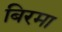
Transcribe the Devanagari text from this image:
बिरमा